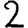
Digit: 2